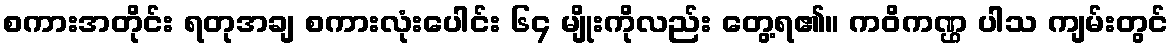
စကားအတိုင်း ရတုအချ စကားလုံးပေါင်း ၆၄ မျိုးကိုလည်း တွေ့ရ၏။ ကဝိကဏ္ဌ ပါသ ကျမ်းတွင်